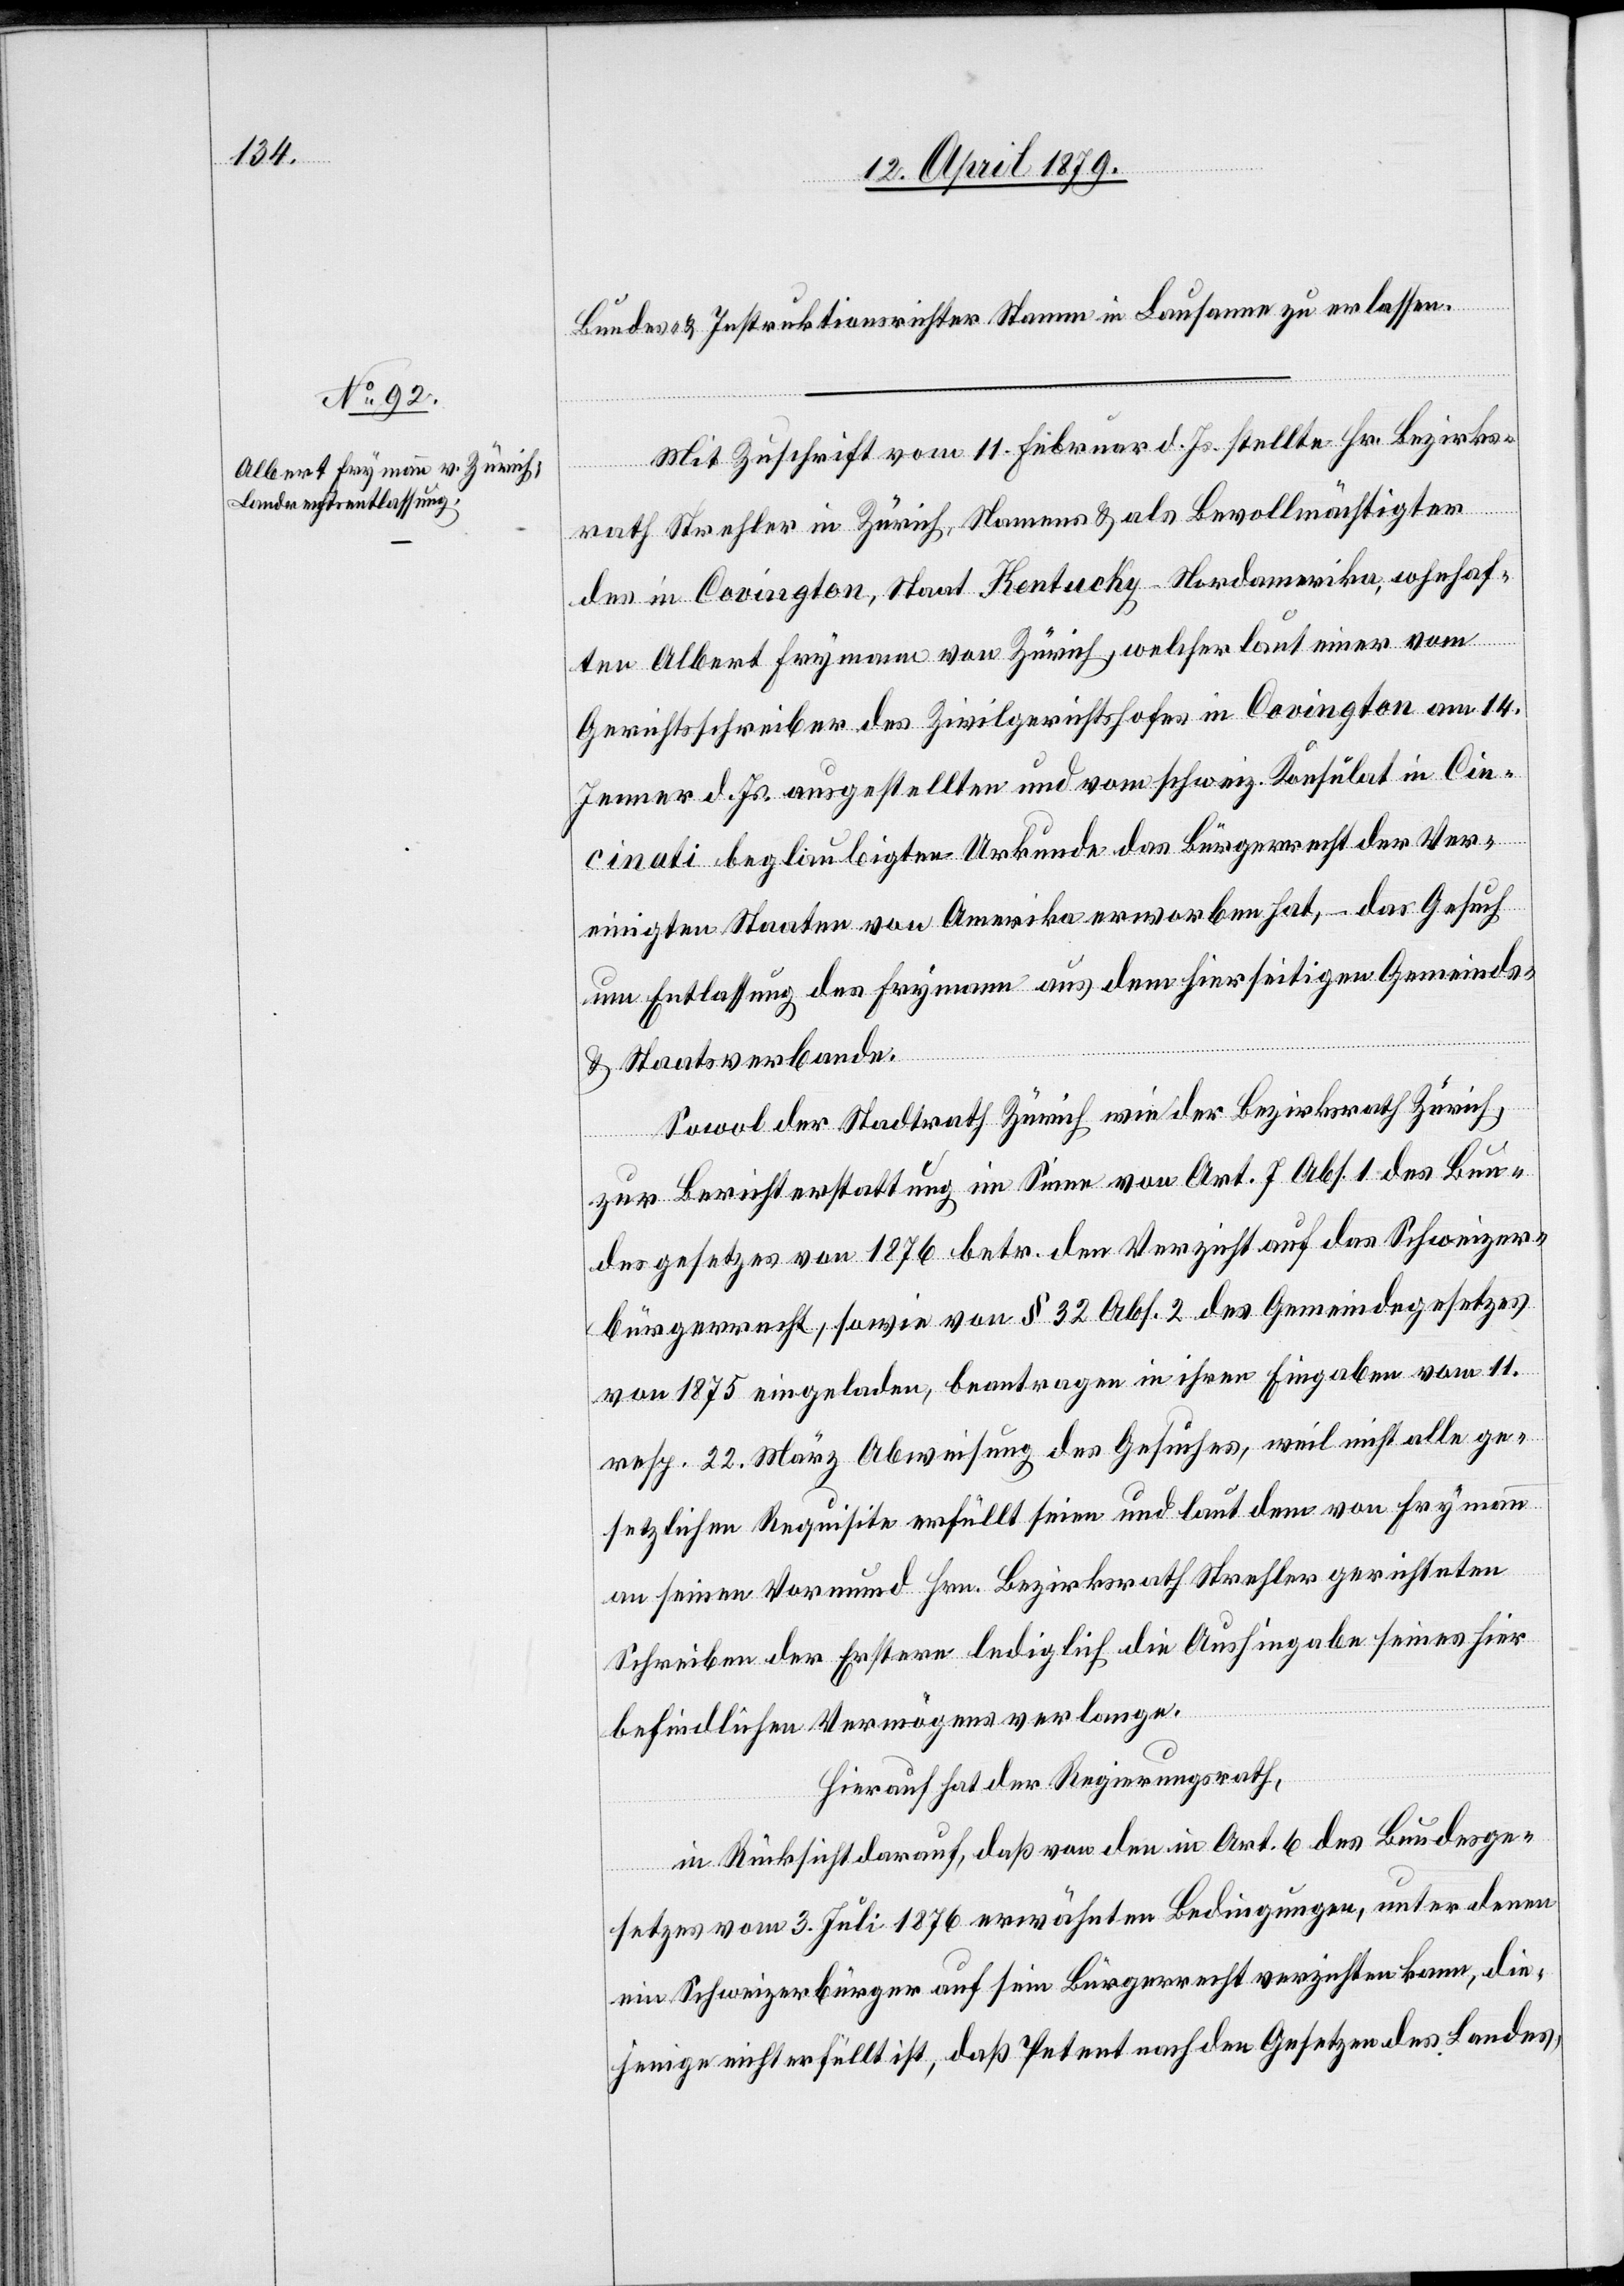
Bundes- & Instruktionsrichter Stamm in Lausanne zu erlassen.
Mit Zuschrift vom 11. Februar d. Js. stellte Hr. Bezirks¬
rath Strehler in Zürich, Namens & als Bevollmächtigter
des in Covington, Staat Kentucky-Nordamerika, w[o]hnhaf¬
ten Albert Frymann von Zürich, welcher laut einer vom
Gerichtsschreiber des Zivilgerichtshofes in Covington am 14.
Jenner d. Js. ausgestellten und vom schweiz. Konsulat in Cin¬
cinati beglaubigten Urkunde das Bürgerrecht der Ver¬
einigten Staaten von Amerika erworben hat, – das Gesuch
um Entlassung des Frymann aus dem hierseitigen Gemeinds-
& Staatsverbande.
Sowol der Stadtrath Zürich wie der Bezirksrath Zürich,
zur Berichterstattung im Sinne von Art. 7 Abs. 1 des Bun¬
desgesetzes von 1876 betr. den Verzicht auf das Schweizer¬
bürgerrecht, sowie von § 32 Abs. 2 des Gemeindegesetzes
von 1875 eingeladen, beantragen in ihren Eingaben vom 11.
resp. 22. März Abweisung des Gesuches, weil nicht alle ge¬
setzlichen Requisite erfüllt seien und laut dem von Frymann
an seinen Vormund Hrn. Bezirksrath Strehler gerichteten
Schreiben der Erstere lediglich die Aushingabe seines hier
befindlichen Vermögens verlange.
Hierauf hat der Regierungsrath,
in Rücksicht darauf, daß von den in Art. 6 des Bundesge¬
setzes vom 3. Juli 1876 erwähnten Bedingungen, unter denen
ein Schweizerbürger auf sein Bürgerrecht verzichten kann, die¬
jenige nicht erfüllt ist, daß Petent nach den Gesetzen des Landes,